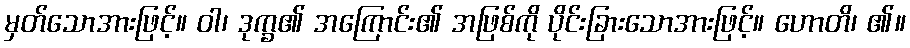
မှတ်သောအားဖြင့်။ ဝါ၊ ဒုက္ခ၏ အကြောင်း၏ အဖြစ်ကို ပိုင်းခြားသောအားဖြင့်။ ဟောတိ၊ ၏။